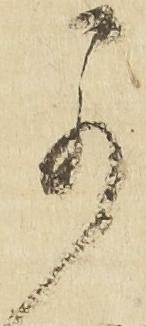
可